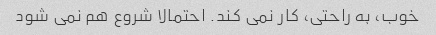
خوب، به راحتی، کار نمی کند. احتمالا شروع هم نمی شود